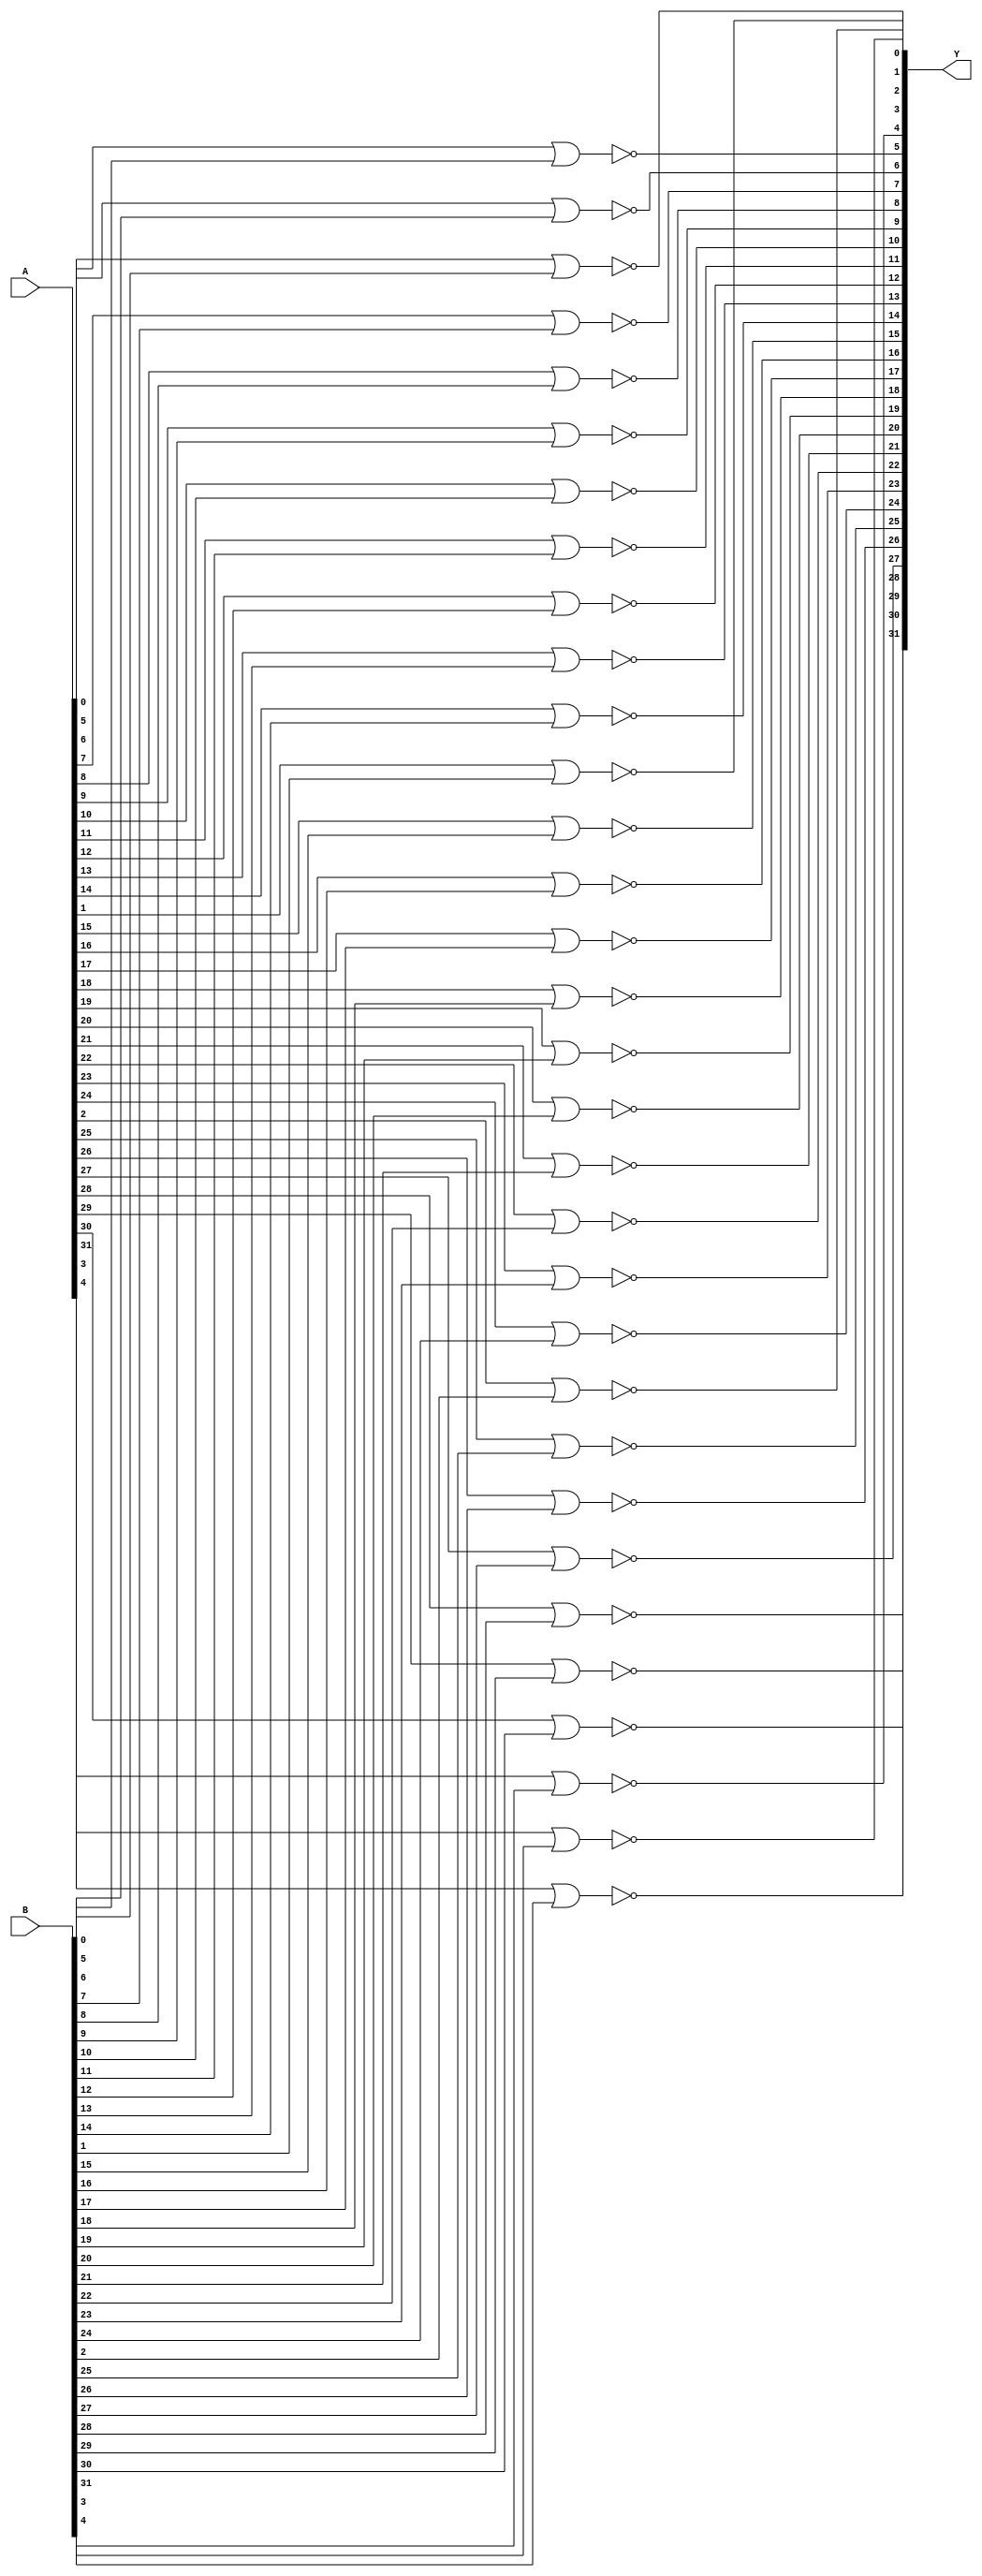
// Name: logic_32_bit.v
// Module: 
// Input: 
// Output: 
//
// Notes: Common definitions
// 
//
// Revision History:
//
// Version	Date		Who		email			note
//------------------------------------------------------------------------------------------
//  1.0     Sep 02, 2014	Kaushik Patra	kpatra@sjsu.edu		Initial creation
//------------------------------------------------------------------------------------------
//

// 32-bit NOR
module NOR32_2x1(Y,A,B);
//output 
output [31:0] Y;
//input
input [31:0] A;
input [31:0] B;
genvar i;
generate
    for(i =0; i<32; i = i+1)
    begin : nor32_gen_loop
	nor nor_inst (Y[i], A[i], B[i]);
    end
endgenerate

endmodule

// 32-bit AND
module AND32_2x1(Y,A,B);
output [31:0] Y;
input [31:0] A;
input [31:0] B;
genvar i;
generate
    for(i =0; i<32; i = i+1)
    begin : and32_gen_loop
	and and_inst (Y[i], A[i], B[i]);
    end
endgenerate
endmodule

// 32-bit inverter
module INV32_1x1(Y,A);
output [31:0] Y;
input [31:0] A;

genvar i;
generate
    for(i =0; i<32; i = i+1)
    begin : inv32_gen_loop
	not not_inst (Y[i], A[i]);
    end
endgenerate
endmodule

// 32-bit OR
module OR32_2x1(Y,A,B);
//output 
output [31:0] Y;
//input
input [31:0] A;
input [31:0] B;
genvar i;
generate
    for(i =0; i<32; i = i+1)
    begin : or32_gen_loop
	or or_inst (Y[i], A[i], B[i]);
    end
endgenerate
endmodule